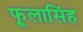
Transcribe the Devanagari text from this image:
फूलासिंह